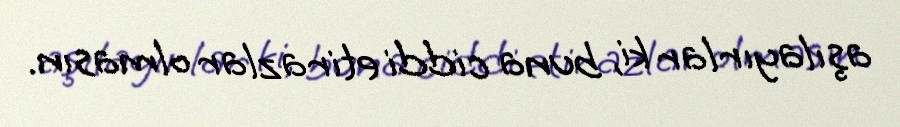
aşılayırlar ki, buna ciddi etirazlar olmasın.